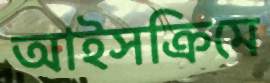
আইসক্রিমে